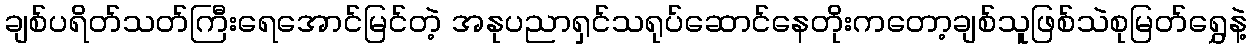
ချစ်ပရိတ်သတ်ကြီးရေအောင်မြင်တဲ့ အနုပညာရှင်သရုပ်ဆောင်နေတိုးကတော့ချစ်သူဖြစ်သဲစုမြတ်ရွှေနဲ့